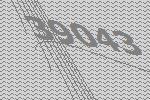
39043